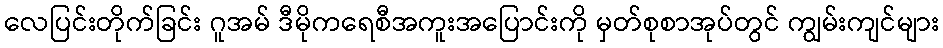
လေပြင်းတိုက်ခြင်း ဂူအမ် ဒီမိုကရေစီအကူးအပြောင်းကို မှတ်စုစာအုပ်တွင် ကျွမ်းကျင်များ